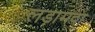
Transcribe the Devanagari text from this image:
लड़ामदा